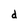
Character: d